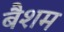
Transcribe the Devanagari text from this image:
बैशम